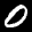
Label: 0